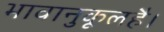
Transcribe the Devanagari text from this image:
भावानुकूलहै।